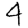
Digit: 4